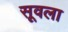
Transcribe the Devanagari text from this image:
सूवला